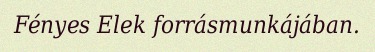
Fényes Elek forrásmunkájában.